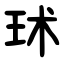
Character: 㺷